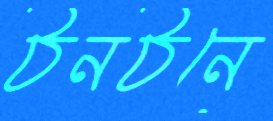
ঠনঠনে